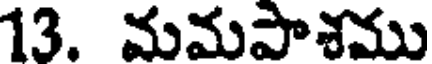
13. మమపాశము